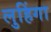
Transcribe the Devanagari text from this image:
लुहिंगा